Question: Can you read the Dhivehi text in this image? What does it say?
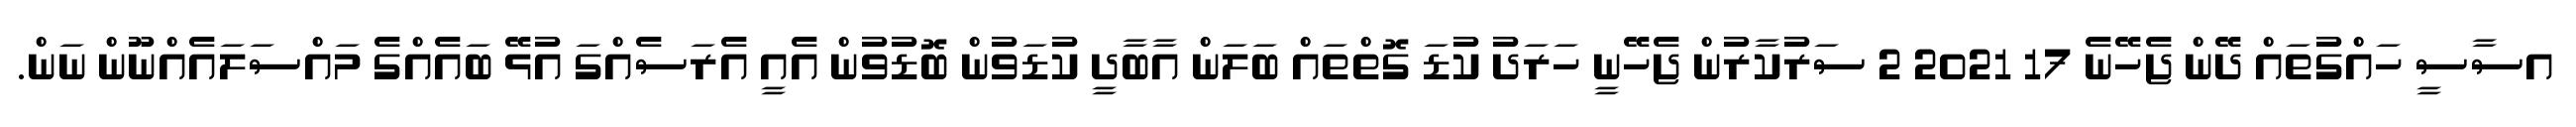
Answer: އސާސީ ހައްގުތައް ދޭން ޖެހޭނެ 17 2021 2 ސަރުކާރުން ޖެހޭނީ ހަރަދު ކުޑަ ގޮތްތައް ބަލަން އާބާދީ ކުޑަވުން ބޮޑުވުން އެއީ އެރަސެއްގަ އުޅޭ ބައެއްގެ މައްސަލައެއްނޫން ނަން.